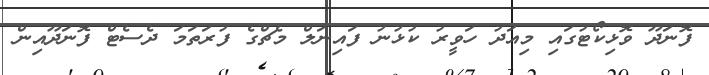
ފޮނަދޫ ވޮޅިކޯޓުގައި މިއަދު ހަވީރު ކުޅުނު ފައިނަލް މެޗްގެ ފުރަތަމަ ދެސެޓް ފޮނަދޫއިން